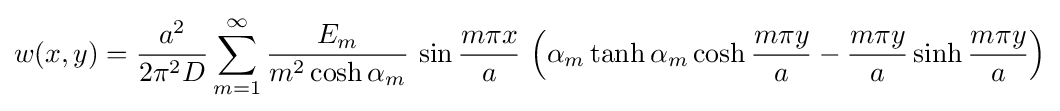
w(x,y)={\frac {a^{2}}{2\pi ^{2}D}}\sum _{m=1}^{\infty }{\frac {E_{m}}{m^{2}\cosh \alpha _{m}}}\,\sin {\frac {m\pi x}{a}}\,\left(\alpha _{m}\tanh \alpha _{m}\cosh {\frac {m\pi y}{a}}-{\frac {m\pi y}{a}}\sinh {\frac {m\pi y}{a}}\right)